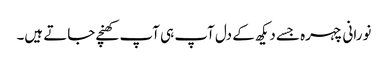
نورانی چہرہ جسے دیکھ کے دل آپ ہی آپ کھنچے جاتے ہیں۔